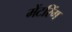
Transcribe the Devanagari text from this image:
मेंटरिंग